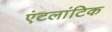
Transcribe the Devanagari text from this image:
एंटलांटिक